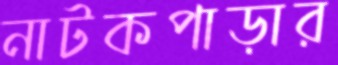
নাটকপাড়ার